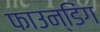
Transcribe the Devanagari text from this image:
फाउन्डिंग